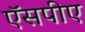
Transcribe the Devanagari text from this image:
ऍसपीए